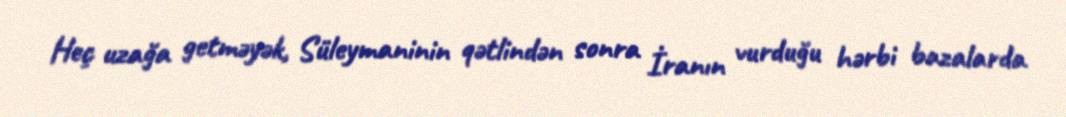
Heç uzağa getməyək, Süleymaninin qətlindən sonra İranın vurduğu hərbi bazalarda